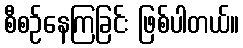
စီစဉ်နေကြခြင်း ဖြစ်ပါတယ်။